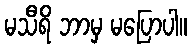
မသီရိ ဘာမှ မပြောပါ။